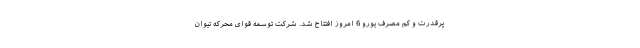
پرقدرت و کم مصرف یورو 6 امروز افتتاح شد. شرکت توسعه قوای محرکه تیوان